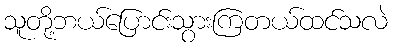
သူတို့ဘယ်ပြောင်းသွားကြတယ်ထင်သလဲ